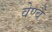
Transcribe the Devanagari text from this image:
वेण्वै